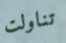
تناولت